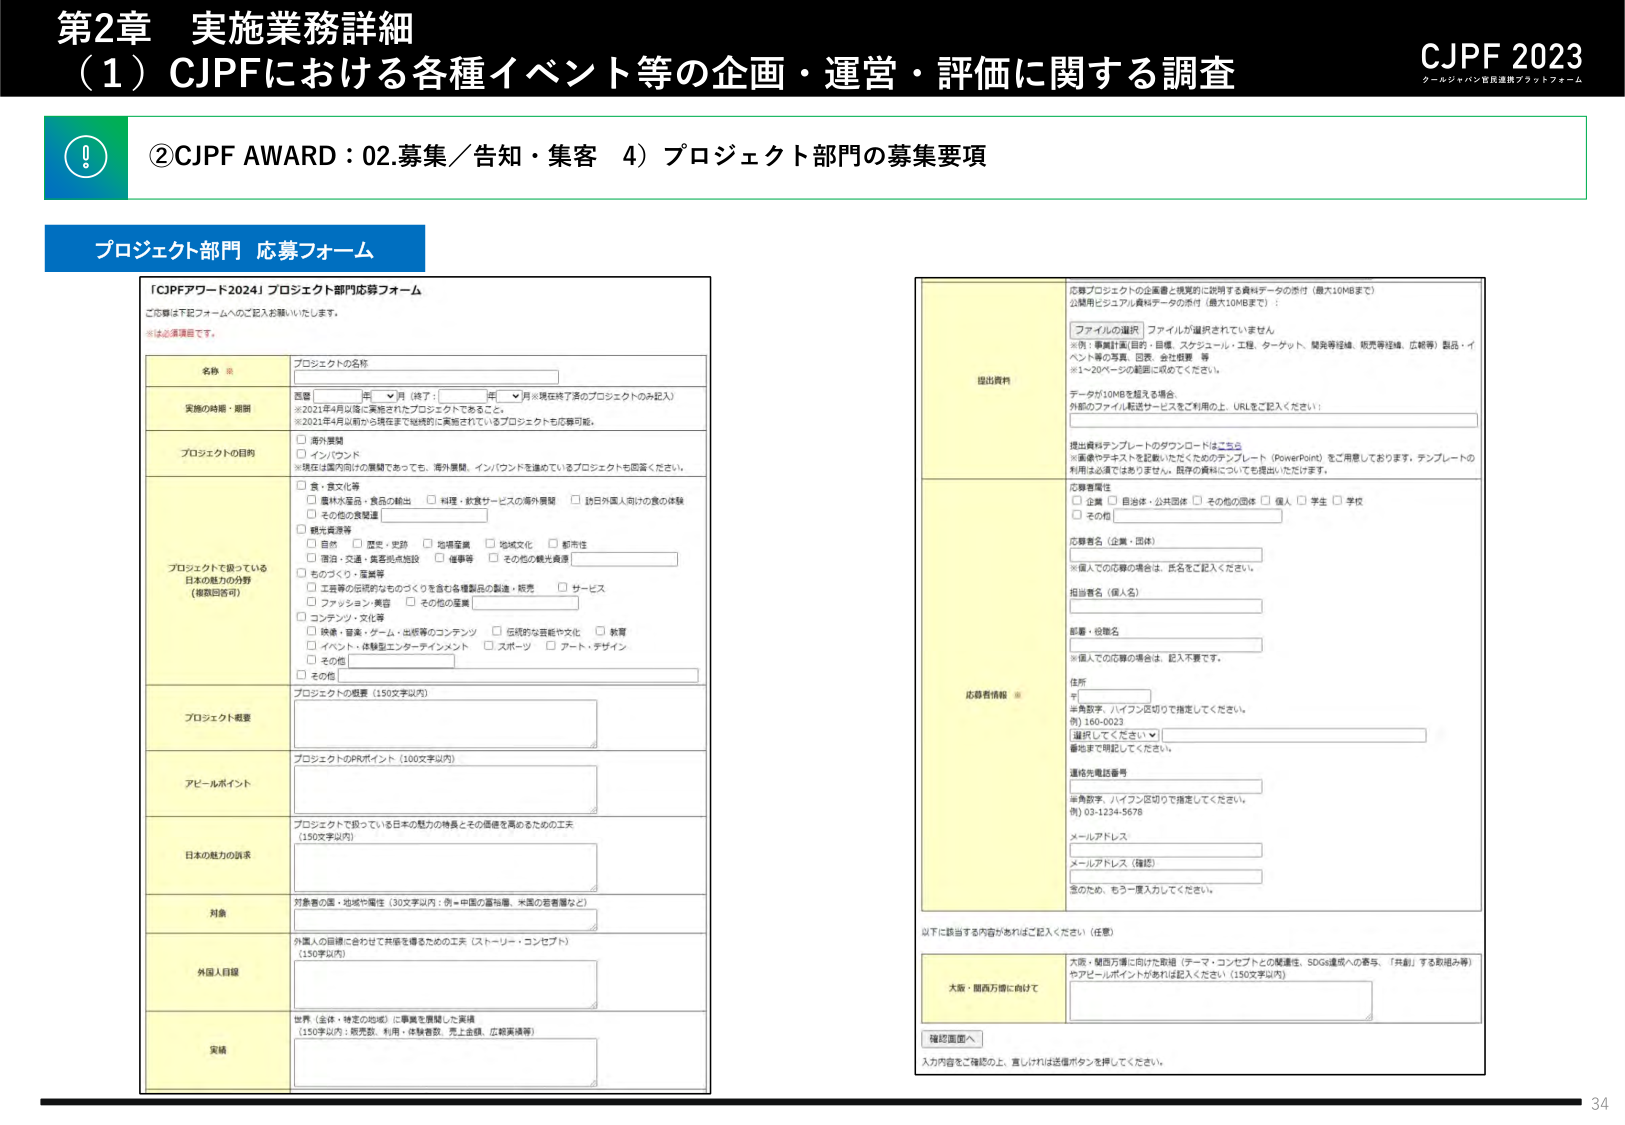
第2章 実施業務詳細
（1）CJPFにおける各種イベント等の企画・運営・評価に関する調査
CJPF 2023
クールジャパン官民連携プラットフォーム

②CJPF AWARD：02.募集／告知・集客 4）プロジェクト部門の募集要項

プロジェクト部門 応募フォーム

「CJPFアワード2024」プロジェクト部門応募フォーム
ご応募は下記フォームへのご記入をお願いいたします。
※は必須項目です。

名称 ※
プロジェクトの名称

実施の時期・期間
西暦 [ ] 年 [ ] 月（終了： [ ] 年 [ ] 月）※現在終了済のプロジェクトのみ記入）
※2021年4月以降に実施されたプロジェクトであること。
※2021年4月以前から現在まで継続的に実施されているプロジェクトも応募可能。

プロジェクトの目的
□ 海外展開
□ インバウンド
※現在は国内向けの展開であっても、海外展開、インバウンドを進めているプロジェクトも回答ください。

プロジェクトで扱っている日本の魅力の分野（複数回答可）
□ 食・食文化等
　□ 農林水産品・食品の輸出　□ 料理・飲食サービスの海外展開　□ 認知外国人向けの食の体験
　□ その他の食関連
□ 観光資源等
　□ 自然　□ 歴史・史跡　□ 地場産業　□ 地域文化　□ 都市性
　□ 宿泊・交通・集客拠点施設　□ 催事等　□ その他の観光資源
□ ものづくり・製造等
　□ 工芸等の伝統的なものづくりを含む各種製品の製造・販売　□ サービス
　□ ファッション・美容　□ その他の製造
□ コンテンツ・文化等
　□ 映画・音楽・ゲーム・出版等のコンテンツ　□ 伝統的な芸能や文化　□ 教育
　□ イベント・体験型エンターテインメント　□ スポーツ　□ アート・デザイン
　□ その他

プロジェクト概要
プロジェクトの概要（150文字以内）

アピールポイント
プロジェクトのPRポイント（100文字以内）

日本の魅力の訴求
プロジェクトで扱っている日本の魅力の特長とその価値を高めるための工夫（150文字以内）

対象
対象者の国・地域や属性（30文字以内：例＝中国の富裕層、米国の若者層など）

外国人目線
外国人の目線に合わせて共感を得るための工夫（ストーリー・コンセプト）（150字以内）

実績
世界（全体・特定の地域）に事業を展開した実績（150字以内：販売数、利用・体験者数、売上金額、広報実績等）

提出資料
応募プロジェクトの企画書と視覚的に説明する資料データの添付（最大10MBまで）
公募用ビジネス計画書データの添付（最大10MBまで）：
［ファイルの選択］ファイルが選択されていません
※例：事業計画(目的・目標、スケジュール・工程、ターゲット、開発等経緯、販売等経緯、広報等) 製品・イベント等の写真、図表、会社概要 等
※1～20ページの範囲に収めてください。
データが10MBを超える場合
外部のファイル転送サービスをご利用の上、URLをご記入ください：

提出資料テンプレートのダウンロードはこちら
※審査やテストを記載いただくためのテンプレート（PowerPoint）をご用意しております。テンプレートの利用は必須ではありません。既存の資料についても提出いただけます。

応募者属性
□ 企業　□ 自治体・公共団体　□ その他の団体　□ 個人　□ 学生　□ 学校
□ その他

応募者名（企業・団体）
※個人での応募の場合は、氏名をご記入ください。

担当者名（個人名）

部署・役職名
※個人での応募の場合は、記入不要です。

住所
〒
※角括弧、ハイフンだけで指定してください。
例）160-0023
［選択してください］
番地まで明記してください。

連絡先電話番号
※角括弧、ハイフンだけで指定してください。
例）03-1234-5678

メールアドレス

メールアドレス（確認）
※のため、もう一度入力してください。

応募者情報 ※

以下に該当する内容があればご記入ください（任意）
大変・関西万博会社向け
大変・関西万博会社向けの取組（テーマ・コンセプトとの関連性、SDGs達成への寄与、「共創」する取組み等）やアピールポイントがあれば記入ください（150文字以内）

確認画面へ
入力内容をご確認の上、宜しければ送信ボタンを押してください。

34